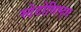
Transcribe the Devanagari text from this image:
स्टेटोसिस्ट्स